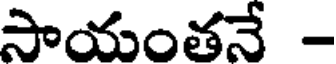
సాయంతనే -